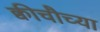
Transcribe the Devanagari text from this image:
क्वीचौच्या